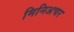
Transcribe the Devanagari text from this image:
मिनिअचर